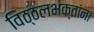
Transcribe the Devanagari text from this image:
विठ्ठलभक्तांना